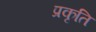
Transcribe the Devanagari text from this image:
प्रकृति